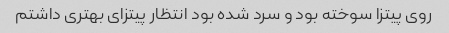
روی پیتزا سوخته بود و سرد شده بود انتظار پیتزای بهتری داشتم